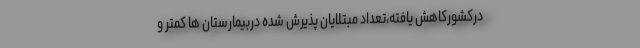
درکشورکاهش یافته،تعدادِ مبتلایان پذیرش شده دربیمارستان ها کمتر و